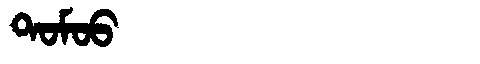
Manchu: ᡨᠣᠮᠣᠣ
Romanization: TOMOO